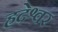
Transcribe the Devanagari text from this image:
हदेश्वर